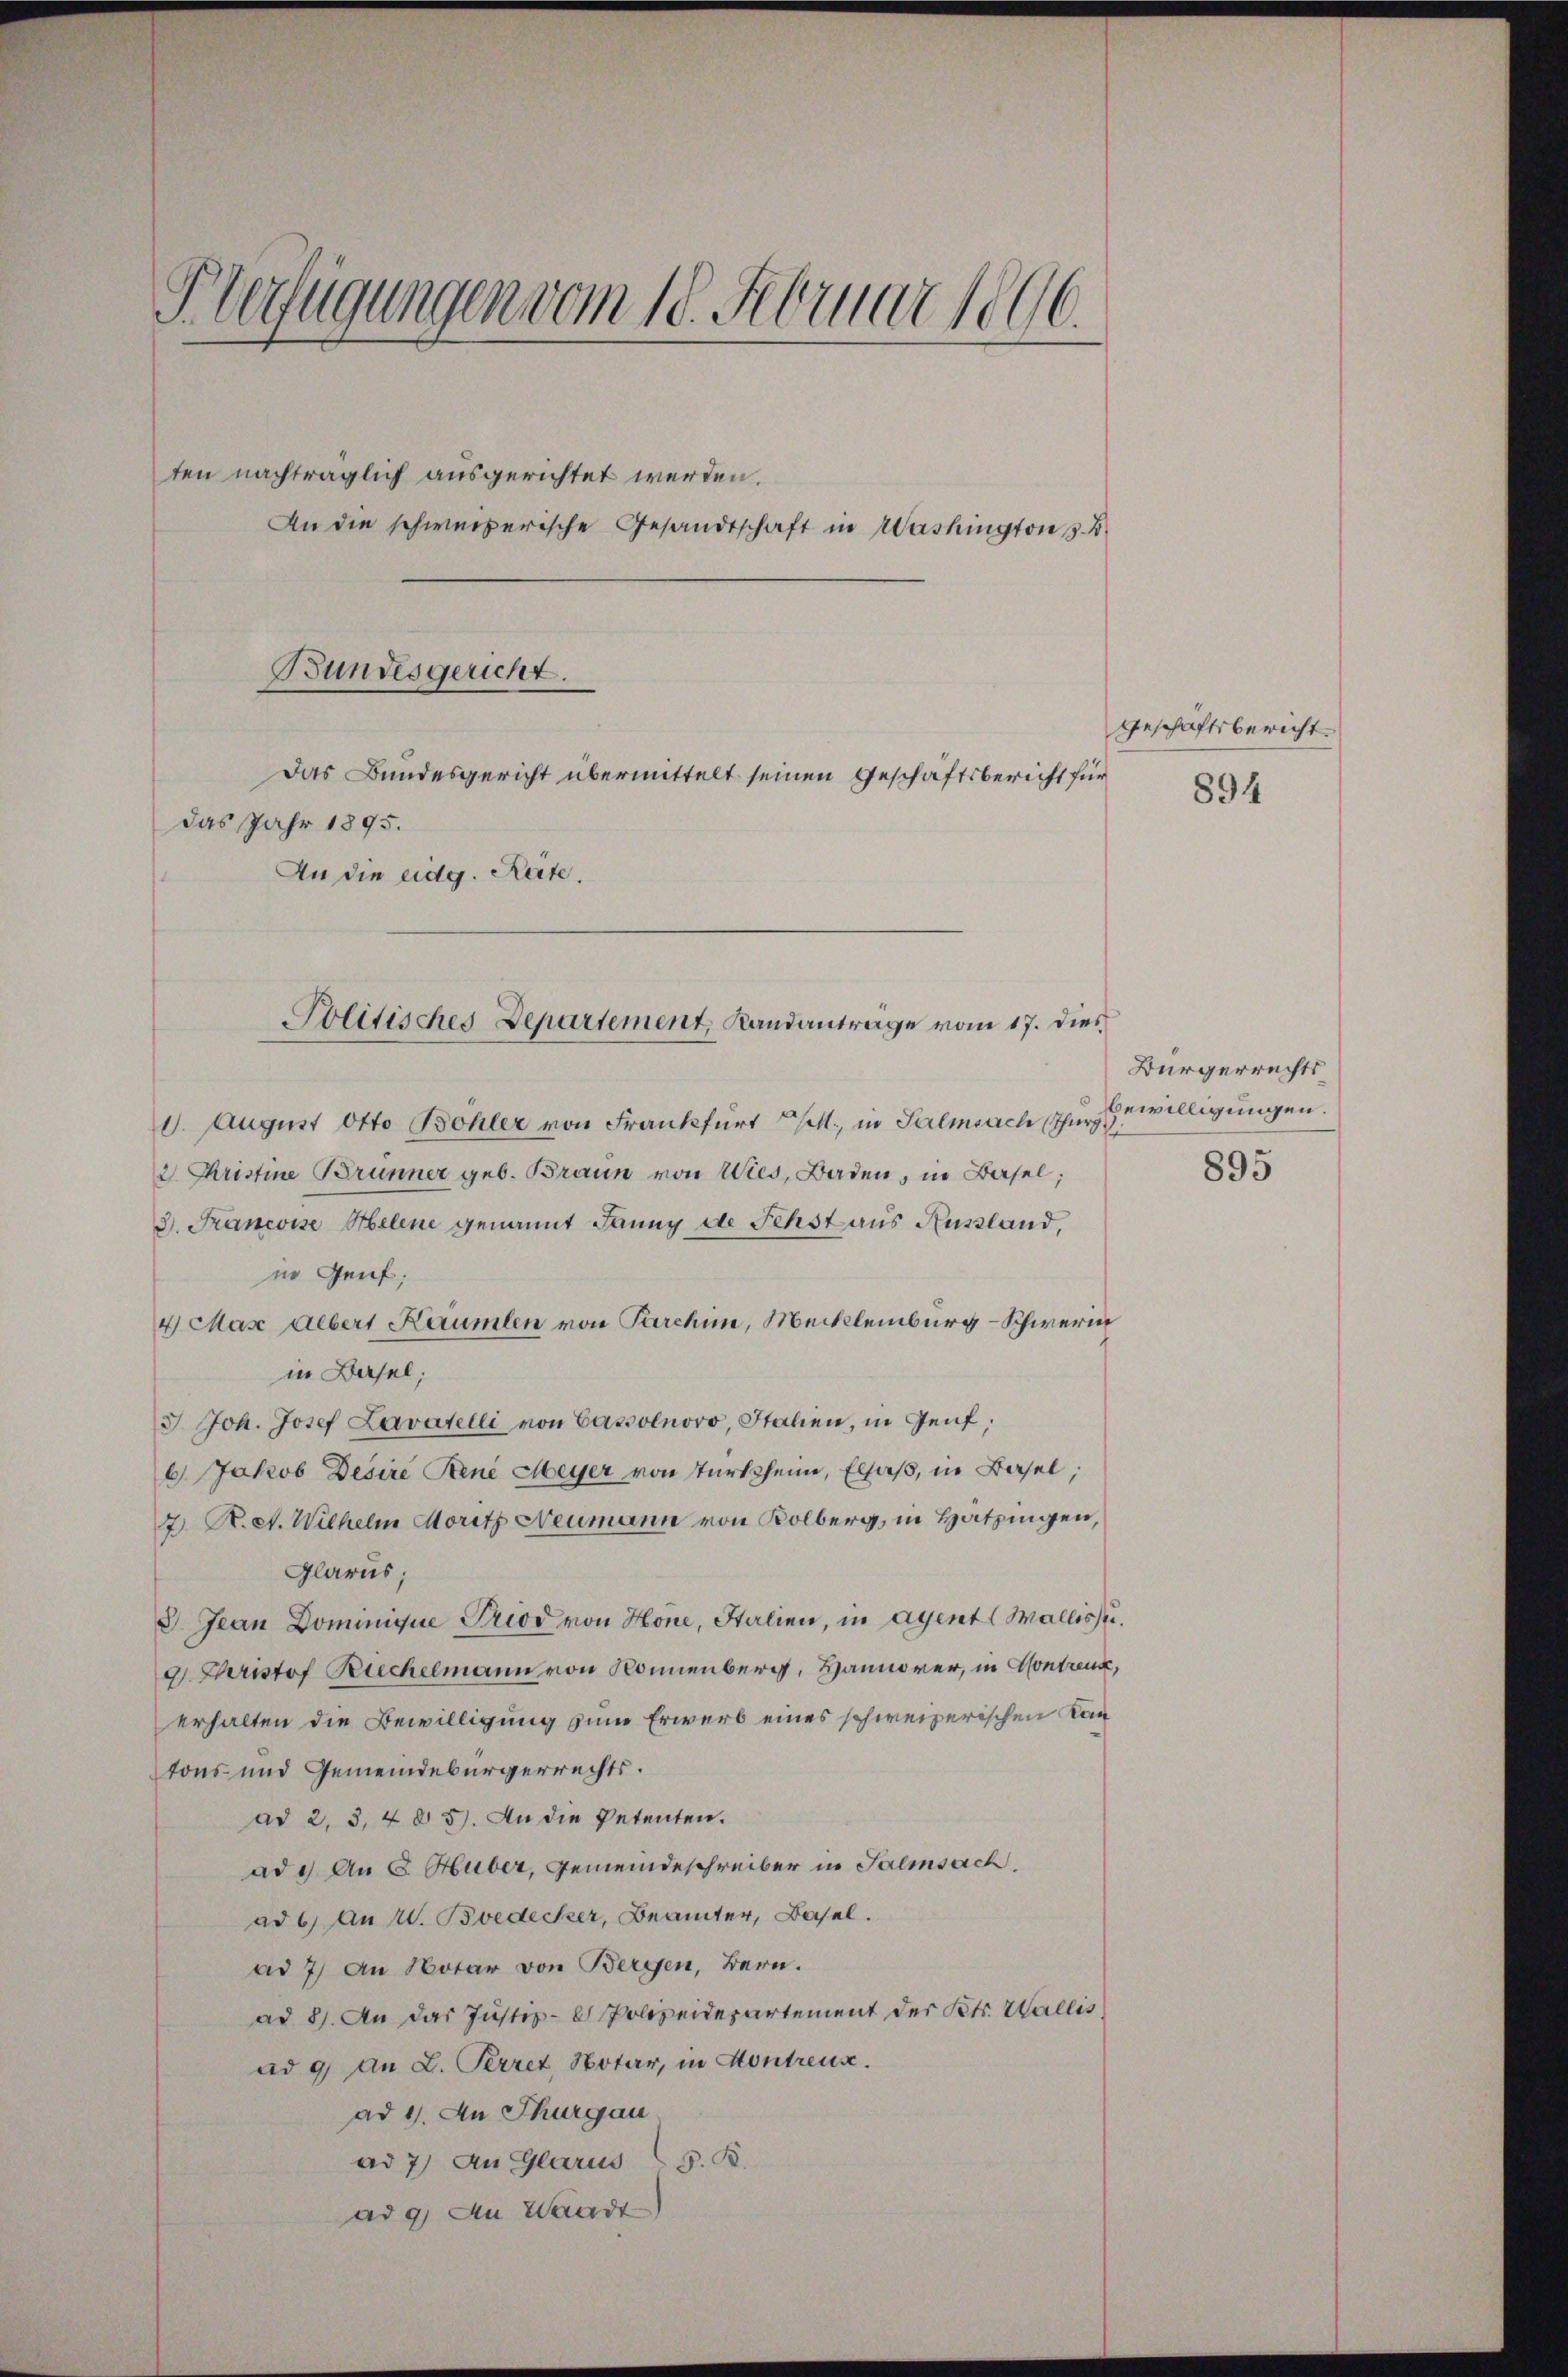
PVerfügungen vom 18. Februar 1896.

Das Bundesgericht übermittelt seinen Geschäftsbericht für
das Jahr 1895.
An die eidg. Reite.

ten nachträglich ausgerichtet werden.
An die schweizerische Gesandtschaft in Washington s. B

Bundesgericht.

Politisches Departement, Randanträge vom 17. dies

8. August Otto Bohler von Frankfurt 11. in Salmsach zur Gewilligungen.
2. Christine Brunner geb. Braun von Wies, Baden, in Basel;
3. Francoise Helene genannt dann de Sehst aus Russland,
in Genf;
4 Mas Albert Haiumlen von Parchin, Meckleinburg-Schweren
in Basel;
3 Joh. Josef Lavatelli von Cassolnovo, Italien, in Genf,
6. Jakob Desire René Meyer von Türkheim, Elsaß, in Basel,
7. R. et. Wilhelm Moritz Neumann von Kolberg, in Hatzingen,
Glarus;
 Jean Dominique Priod von Hone, Italien, in Agent (Wallis u.
9. Christof Riechelmann von Sonnenberg, Hannover, in Contreux,
erhalten die Bewilligung zum Erwerb eines schweizerischen Kantons- und Gemeindebürgerrechts.
ad 2, 3, 405. An die Petenten.
ad 2. An E. Huber, Gemeindeschreiber in Salmsach
ad b) an W. Bvedecker, Beamter, Basel.
ad 7) An Notar von Bergen, Bern.
ad 8. An das Justiz- & Polizeidepartement der Petr. Wallis
ad 9 an L. Perret, Notar, in Kontreux.
ad 1. An Thurgau
ad 7) An Glarus (s. R.
ad 9. An Waadt

Geschäftsbericht
894

Bürgerrechts
895